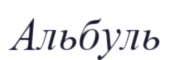
Альбуль